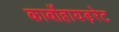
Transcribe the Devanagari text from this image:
कार्बोहायड़रेट